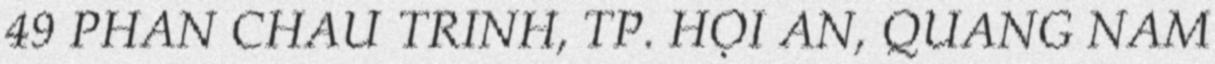
49 PHAN CHÂU TRINH, TP. HỘI AN, QUẢNG NAM